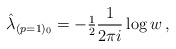
\begin{align*}\hat{\lambda}_{(p=1)_{0}} =-{\textstyle\frac{1}{2}}\frac{1}{2\pi i}\log{w}\, ,\end{align*}